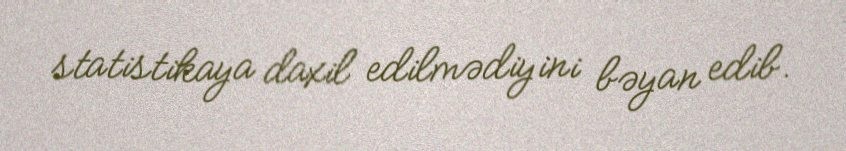
statistikaya daxil edilmədiyini bəyan edib.